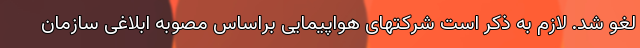
لغو شد. لازم به ذکر است شرکتهای هواپیمایی براساس مصوبه ابلاغی سازمان